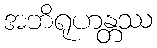
အဘိရုဟန္တဿ